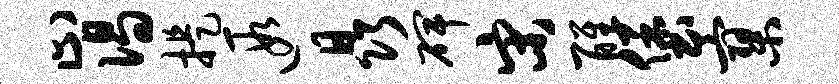
止偈提遐晶碑宋醒堡寥